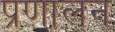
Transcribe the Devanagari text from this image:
प्रणालन